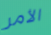
الأمر